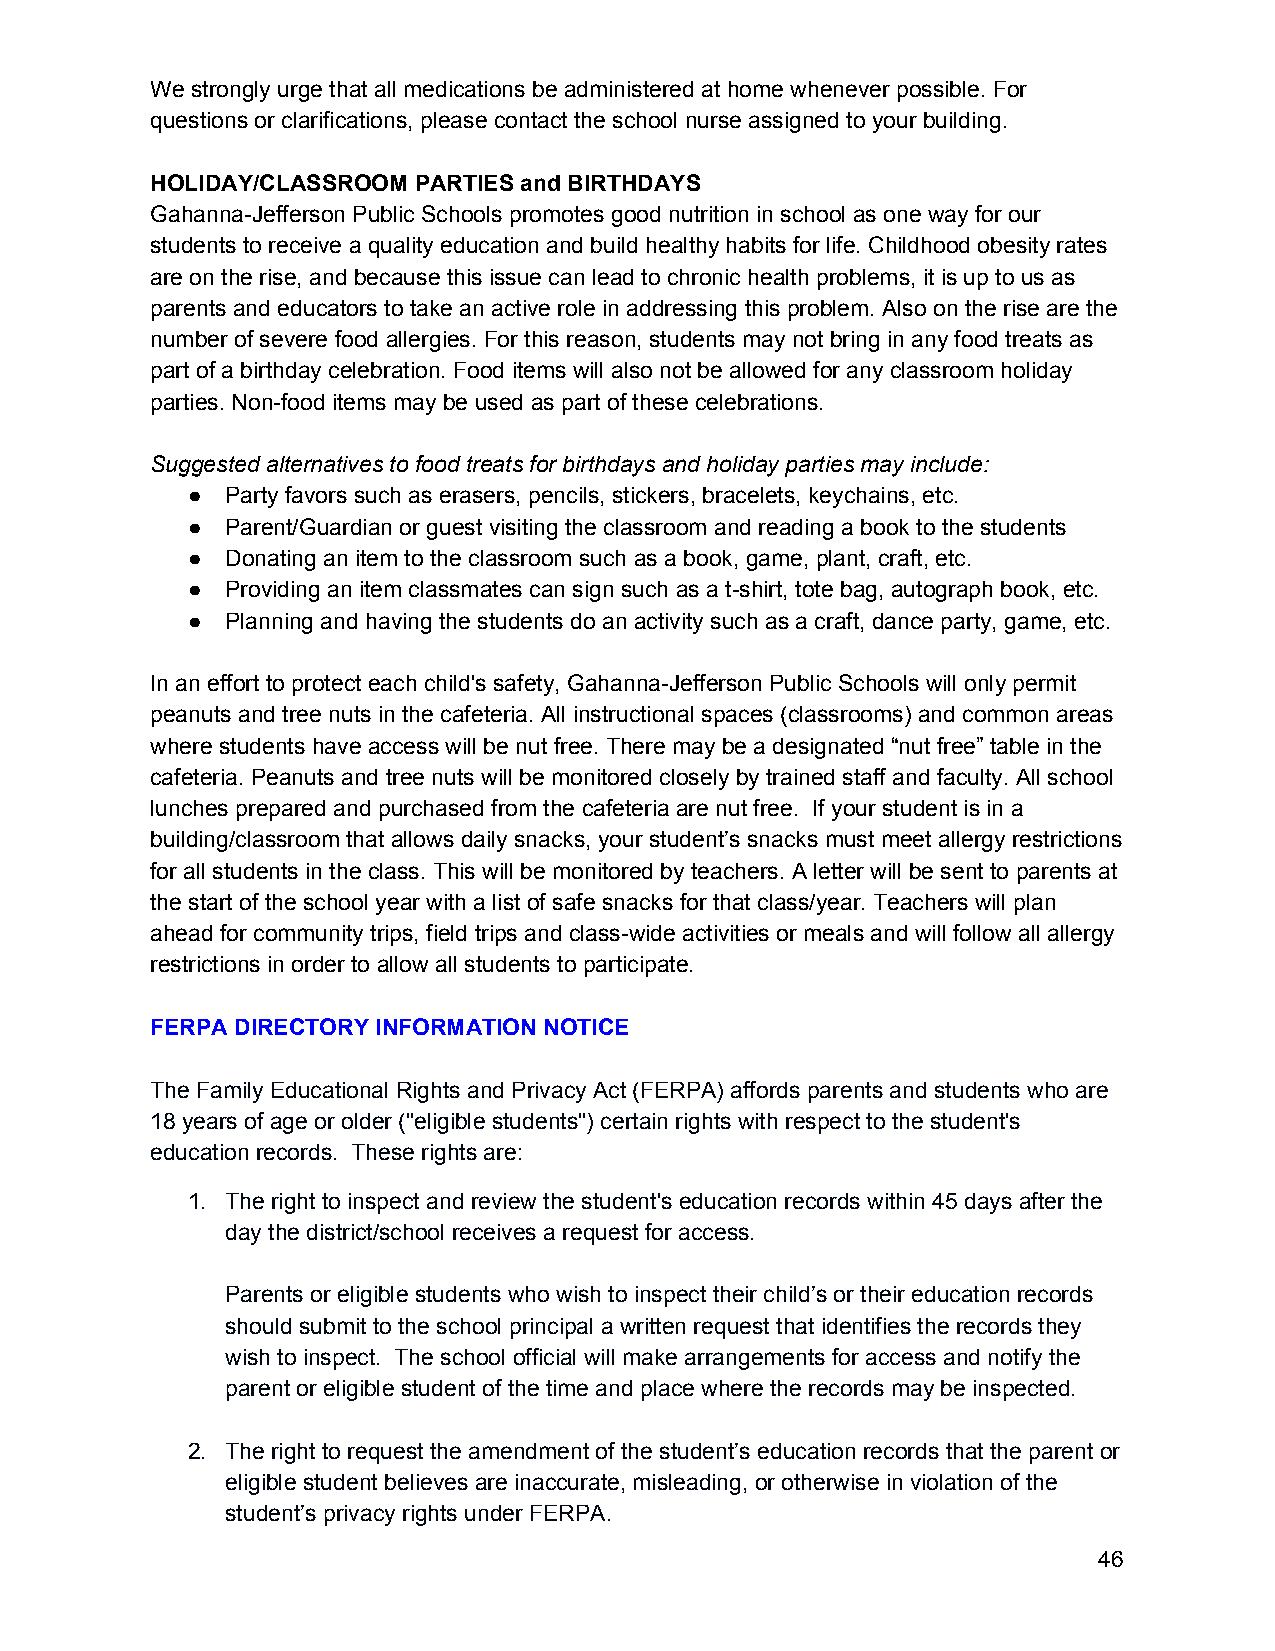
We strongly urge that all medications be administered at home whenever possible. For
 questions or clarifications, please contact the school nurse assigned to your building.
 HOLIDAY/CLASSROOM PARTIES and BIRTHDAYS
 Gahanna-Jefferson Public Schools promotes good nutrition in school as one way for our
 students to receive a quality education and build healthy habits for life. Childhood obesity rates
 are on the rise, and because this issue can lead to chronic health problems, it is up to us as
 parents and educators to take an active role in addressing this problem. Also on the rise are the
 number of severe food allergies. For this reason, students may not bring in any food treats as
 part of a birthday celebration. Food items will also not be allowed for any classroom holiday
 parties. Non-food items may be used as part of these celebrations.
 Suggested alternatives to food treats for birthdays and holiday parties may include:
 ●  Party favors such as erasers, pencils, stickers, bracelets, keychains, etc.
 ●  Parent/Guardian or guest visiting the classroom and reading a book to the students
 ●  Donating an item to the classroom such as a book, game, plant, craft, etc.
 ●  Providing an item classmates can sign such as a t-shirt, tote bag, autograph book, etc.
 ●  Planning and having the students do an activity such as a craft, dance party, game, etc.
 In an effort to protect each child's safety, Gahanna-Jefferson Public Schools will only permit
 peanuts and tree nuts in the cafeteria. All instructional spaces (classrooms) and common areas
 where students have access will be nut free. There may be a designated “nut free” table in the
 cafeteria. Peanuts and tree nuts will be monitored closely by trained staff and faculty. All school
 lunches prepared and purchased from the cafeteria are nut free. If your student is in a
 building/classroom that allows daily snacks, your student’s snacks must meet allergy restrictions
 for all students in the class. This will be monitored by teachers. A letter will be sent to parents at
 the start of the school year with a list of safe snacks for that class/year. Teachers will plan
 ahead for community trips, field trips and class-wide activities or meals and will follow all allergy
 restrictions in order to allow all students to participate.
 FERPA DIRECTORY INFORMATION NOTICE
 The Family Educational Rights and Privacy Act (FERPA) affords parents and students who are
 18 years of age or older ("eligible students") certain rights with respect to the student's
 education records. These rights are:
 1. The right to inspect and review the student's education records within 45 days after the
 day the district/school receives a request for access.
 Parents or eligible students who wish to inspect their child’s or their education records
 should submit to the school principal a written request that identifies the records they
 wish to inspect. The school official will make arrangements for access and notify the
 parent or eligible student of the time and place where the records may be inspected.
 2. The right to request the amendment of the student’s education records that the parent or
 eligible student believes are inaccurate, misleading, or otherwise in violation of the
 student’s privacy rights under FERPA.
 46